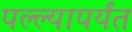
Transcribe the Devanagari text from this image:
पल्ल्यापर्यंत